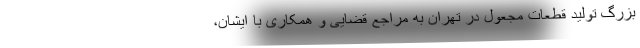
بزرگ تولید قطعات مجعول در تهران به مراجع قضایی و همکاری با ایشان،